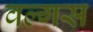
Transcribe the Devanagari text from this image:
वल्गस